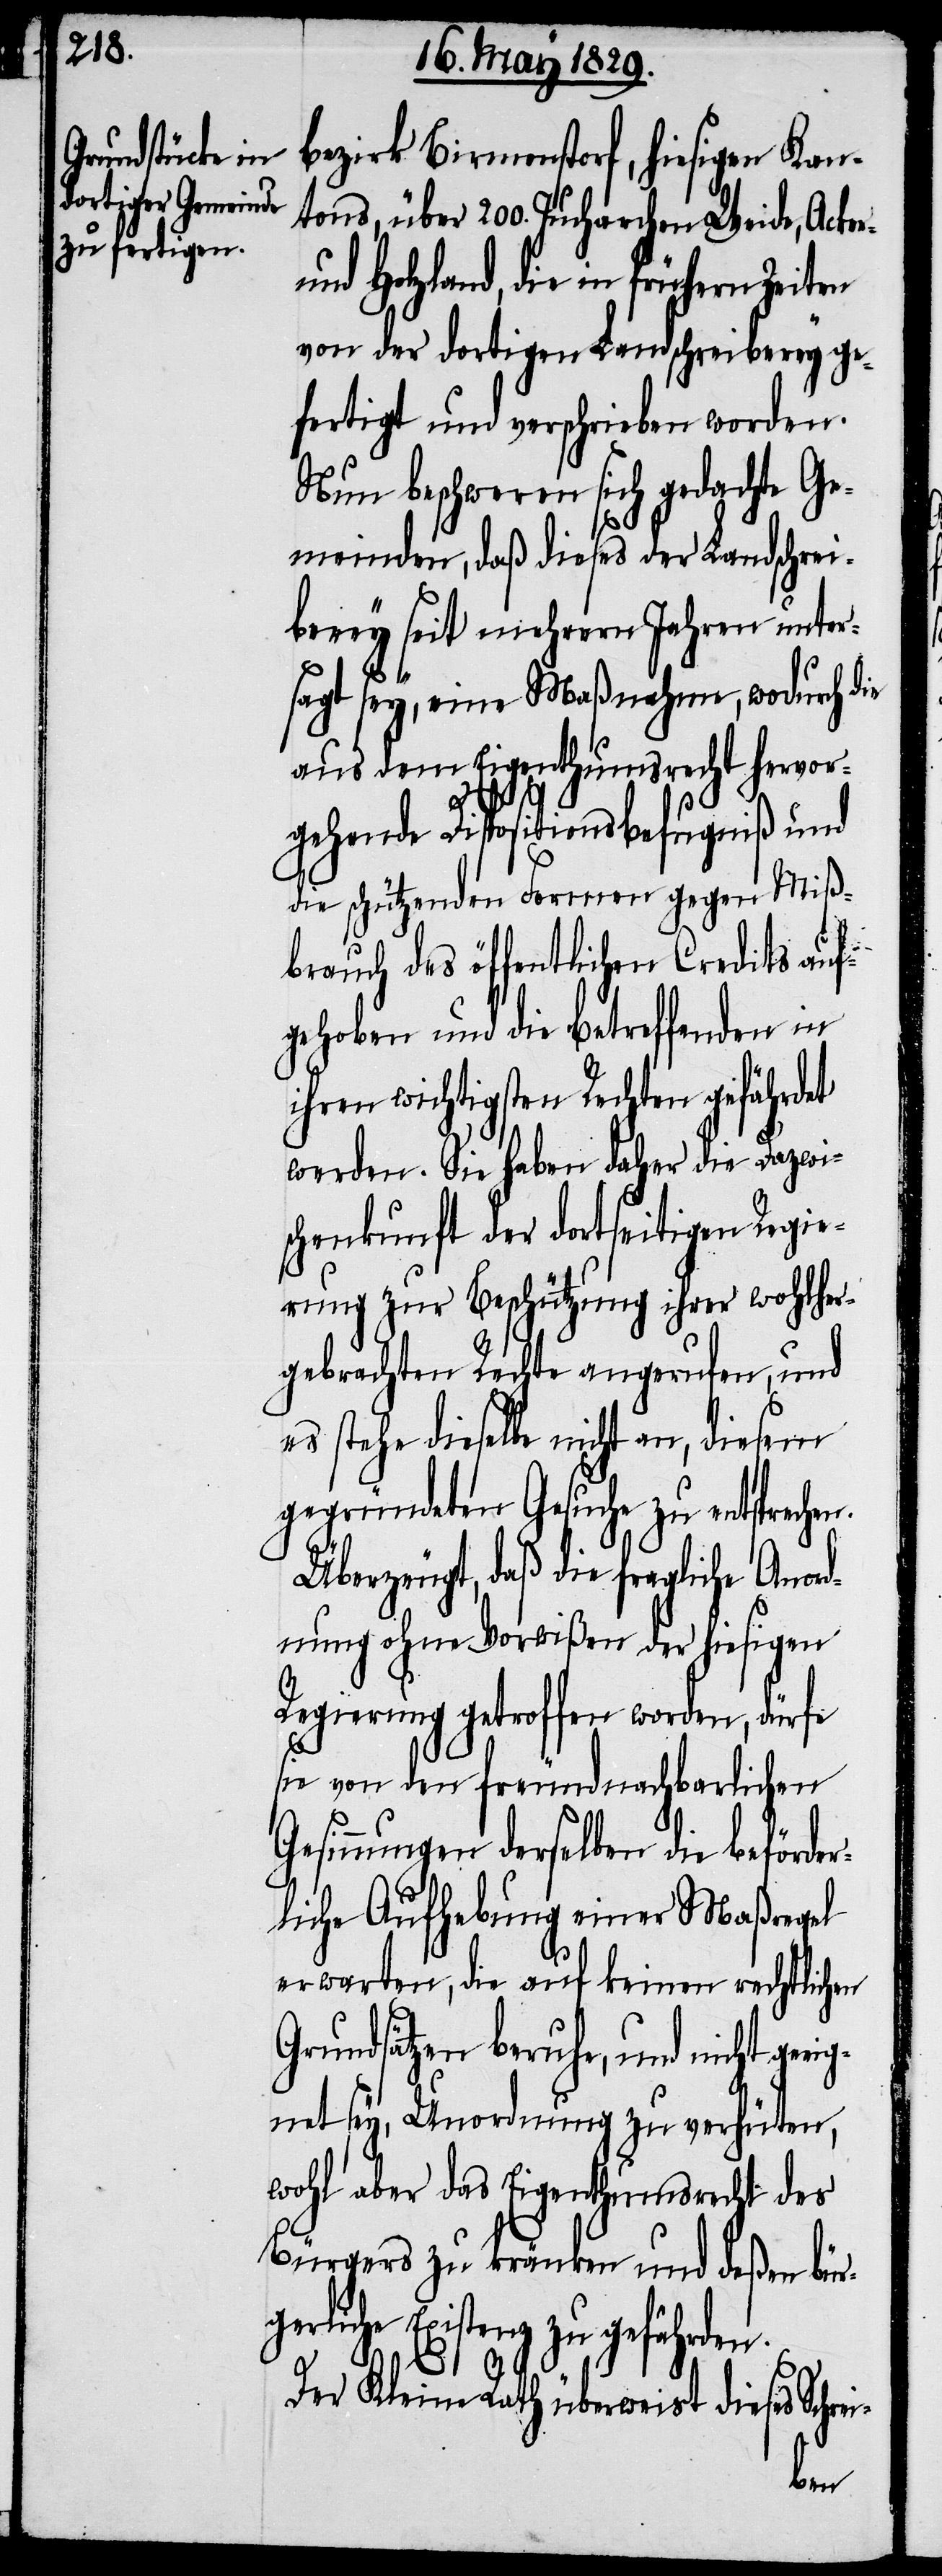
bezirk Birmenstorf, hiesigen Kan¬
tons, über 200. Jucharchen Weide, Acker-
und Holzland, die in frühern
von der dortigen Landschreiberey ge¬
fertigt und verschrieben worden.
Nun beschweren sich gedachte Ge¬
meinden, daß dieses der Landschrei¬
berey seit mehrern Jahren unter¬
sagt sey, eine Maßnahme, wodurch die
aus dem Eigenthumsrecht hervor¬
gehende Dispositionbefugniß und
die schützenden Formen gegen Miß¬
brauch des öffentlichen Credits auf¬
gehoben und die betreffenden in
ihren wichtigsten Rechten gefährdet
werden. Sie haben daher die Dazwi¬
schenkunft der dortseitigen Regie¬
rung zur Beschützung ihrer wohl¬
gebrachten Rechte angerufen, und
es stehe dieselbe nicht an, diesem
gegründeten Gesuche zu entspreche¬
Überzeugt, daß die fragliche Anor¬
dnung ohne Vorwißen der hiesigen
Regierung getroffen worden, dürfe
sie von den freundnachbarlichen
Gesinnungen derselben die beförder¬
liche Aufhebung einer Maßregel
erwarten, die auf keinen rechtlichen
Grundsätzen beruhe, und nicht geeig¬
net sey, Unordnung zu verhüten,
wohl aber das Eigenthumsrecht des
Bürgers zu kränken und deßen bür¬
gerliche Existenz zu gefährden.
n.
Der Kleine Rath überweist dieses Schr¬
ei-